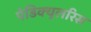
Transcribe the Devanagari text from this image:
पेडिक्युलरिस